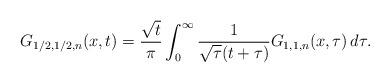
LaTeX: \begin{align*}G_{1/2,1/2,n}(x,t)=\frac{\sqrt{t}}{\pi}\int_0^\infty \frac{1}{\sqrt{\tau}(t+\tau)}G_{1,1,n}(x,\tau)\, d\tau.\end{align*}